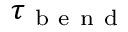
\tau _ { \mathrm { ~ b ~ e ~ n ~ d ~ } }